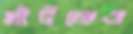
ঘাঁটলেও